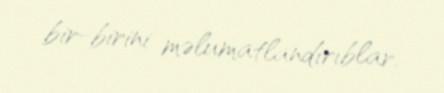
bir-birini məlumatlandırıblar.